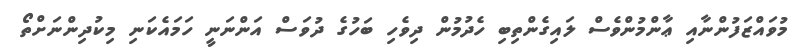
މުވައްޒަފުންނާއި ޢާންމުންވެސް ލައިގެންތިބި ހެދުމުން ދިވެހި ބަހުގެ ދުވަސް އަންނަނީ ހަމައެކަނި މިކުދިންނަށްތޯ